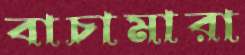
বাচামারা